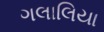
ગલાલિયા